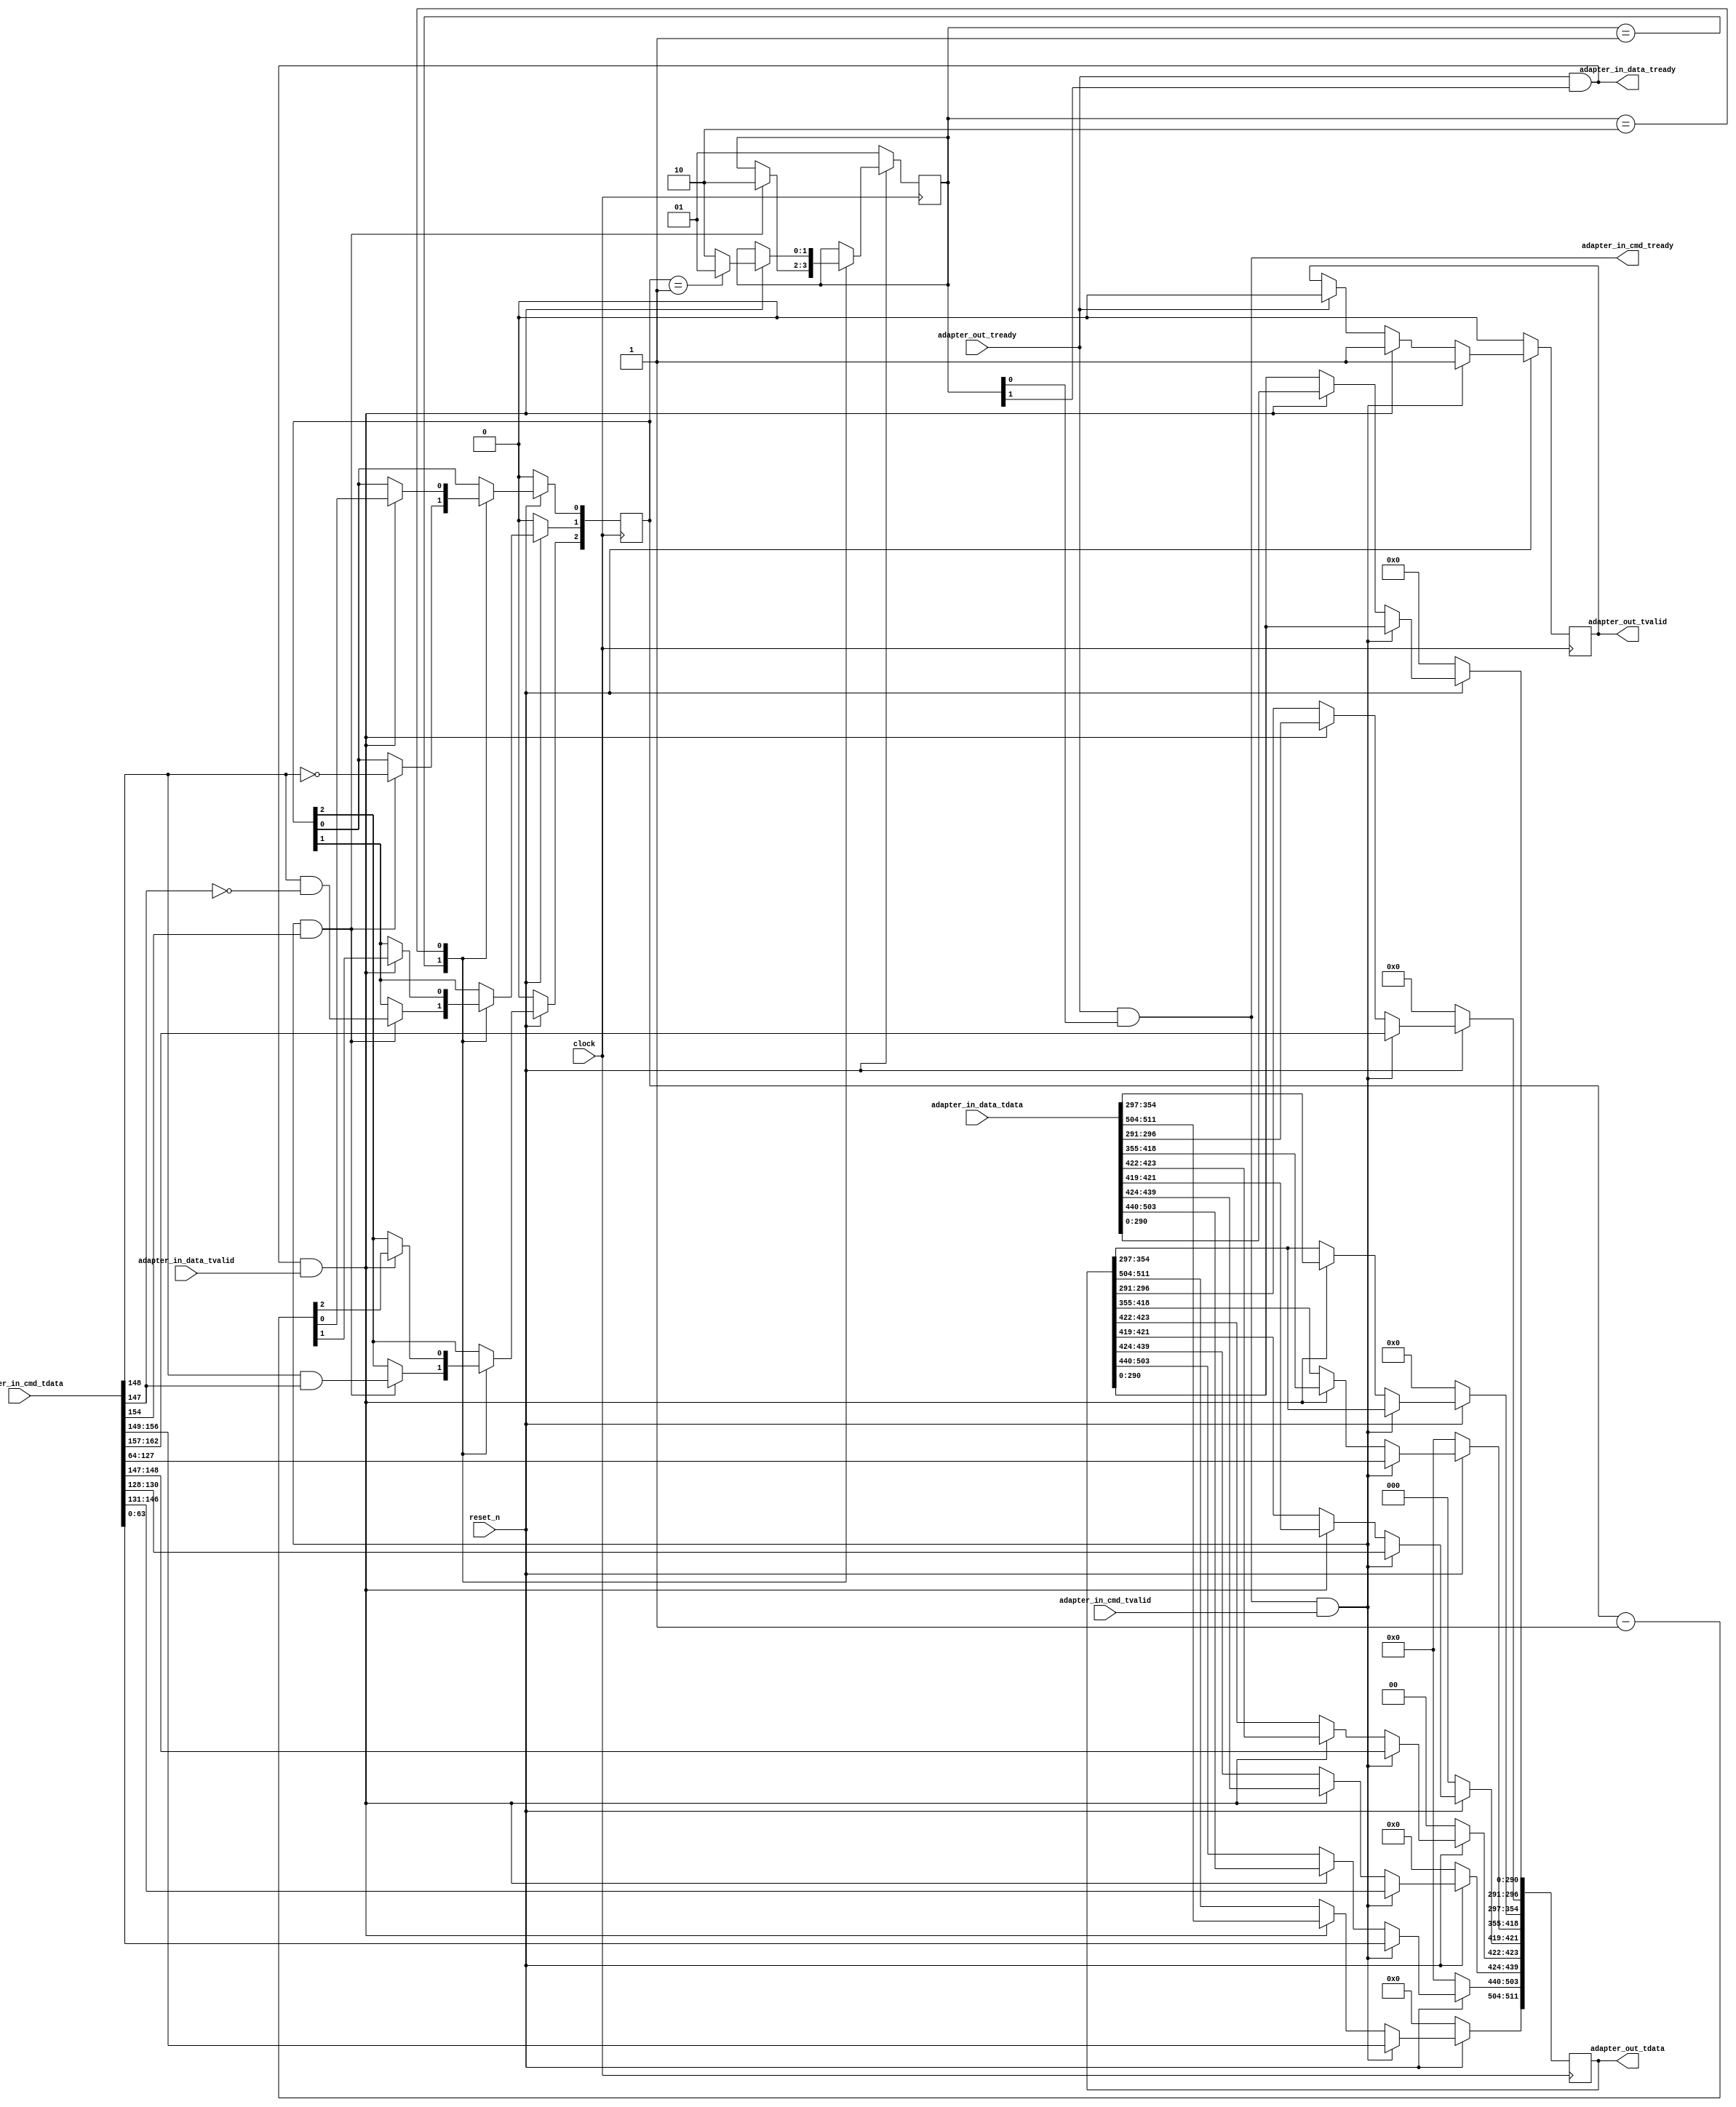
// *!***************************************************************************
// *! Copyright 2019 International Business Machines
// *!
// *! Licensed under the Apache License, Version 2.0 (the "License");
// *! you may not use this file except in compliance with the License.
// *! You may obtain a copy of the License at
// *! http://www.apache.org/licenses/LICENSE-2.0 
// *!
// *! The patent license granted to you in Section 3 of the License, as applied
// *! to the "Work," hereby includes implementations of the Work in physical form.  
// *!
// *! Unless required by applicable law or agreed to in writing, the reference design
// *! distributed under the License is distributed on an "AS IS" BASIS,
// *! WITHOUT WARRANTIES OR CONDITIONS OF ANY KIND, either express or implied.
// *! See the License for the specific language governing permissions and
// *! limitations under the License.
// *! 
// *! The background Specification upon which this is based is managed by and available from
// *! the OpenCAPI Consortium.  More information can be found at https://opencapi.org. 
// *!***************************************************************************
// Module designer: Dimitris Syrivelis
// Backup: Christian Pinto, Michele Gazzetti

`timescale 1ns / 10ps

// ******************************************************************************************************************************
// File Name          :  thymesisflow_64B_2x32B_bonding_egress
// Project            :  ThymesisFlow disagreggated memory
//                       Adapts the net_cmdfifo.v format to the 64B format and multiplexes in order command and dataflits for 
//                       network pipeline transmission
// ******************************************************************************************************************************
// ******************************************************************************************************************************
// ==============================================================================================================================
// @@@  Module Declaration
// ==============================================================================================================================

module thymesisflow_64B_compute_egress_adapter  (

    input               clock                   // Clock - samples & launches data on rising edge
  , input               reset_n                //  Active Low

  , input   [167:0]     adapter_in_cmd_tdata
  , input               adapter_in_cmd_tvalid
  , output              adapter_in_cmd_tready   

  // incoming data Interface with BDI
  , input   [519:0]     adapter_in_data_tdata
  , input               adapter_in_data_tvalid
  , output              adapter_in_data_tready

  // 64B AXI-STREAM 
  , output  [511:0]     adapter_out_tdata     
  , output              adapter_out_tvalid         
  , input               adapter_out_tready

);


//OCX_NET_CMD format           167:163 - AXI-S byte alignment ignored
`define OCX_NET_CMD_NETID      162:157
`define OCX_NET_CMD_OPCODE     156:149
`define OCX_NET_CMD_DL         148:147
`define OCX_NET_CMD_TAG        146:131
`define OCX_NET_CMD_PL         130:128
`define OCX_NET_CMD_BE         127:64
`define OCX_NET_CMD_EA          63:0


//OCX_FLIT_CMD format -- used for output
`define OCX_FLITO_NETID         296:291
`define OCX_FLITO_OPCODE        511:504
`define OCX_FLITO_DL            423:422
`define OCX_FLITO_ORIG_CAPPTAG  439:424
`define OCX_FLITO_PL            421:419
`define OCX_FLITO_BE            418:355
`define OCX_FLITO_EA            503:440


reg [511:0] output_q;
reg         output_q_vld;

assign adapter_out_tdata  = output_q;
assign adapter_out_tvalid = output_q_vld;

reg [1:0] ocapi_sm;
reg [2:0] dflit_size;

wire   is_writecmd;
assign is_writecmd = adapter_in_cmd_tdata[154];

wire  [1:0] cmd_dl;
assign cmd_dl = adapter_in_cmd_tdata[`OCX_NET_CMD_DL];

wire   is_cmd;
assign is_cmd = ocapi_sm[0];

wire   is_data;
assign is_data = ocapi_sm[1];

assign adapter_in_cmd_tready  = adapter_out_tready & is_cmd;
assign adapter_in_data_tready = adapter_out_tready & is_data;


parameter INPUT_CMD_RESP = 2'b01;
parameter INPUT_DATAFLIT = 2'b10;

//OpenCAPI protocol parsing
always @(posedge(clock))
begin
       if (reset_n == 1'b0)
    begin
      ocapi_sm                                     <= INPUT_CMD_RESP;
      dflit_size                                   <= 2'b00;
    end
   else
    case (ocapi_sm)
       INPUT_CMD_RESP:
            begin
              if ((adapter_in_cmd_tready == 1'b1) && (adapter_in_cmd_tvalid == 1'b1) && (is_writecmd == 1'b1))
                begin
                   dflit_size[2]                   <= cmd_dl[1]  &  cmd_dl[0];
                   dflit_size[1]                   <= cmd_dl[1]  & ~cmd_dl[0] ;
                   dflit_size[0]                   <= ~cmd_dl[1];
                   ocapi_sm                        <= INPUT_DATAFLIT;//next at input is cmd1
                end
            end
        INPUT_DATAFLIT:
            begin
              if ((adapter_in_data_tready == 1'b1) &&  (adapter_in_data_tvalid == 1'b1))
                begin
                   dflit_size                      <= dflit_size - 3'b001;
                   ocapi_sm                        <= (dflit_size == 3'b001)? INPUT_CMD_RESP : INPUT_DATAFLIT;  //next at input is  cmd0   
                end
            end
    endcase
end

//push data out
always @(posedge(clock))
begin
  if (reset_n == 1'b0)
    begin
      output_q     <= 512'b0;
      output_q_vld <=   1'b0;
    end
  else if ((adapter_in_cmd_tready == 1'b1)  && (adapter_in_cmd_tvalid == 1'b1))
    begin
       output_q[`OCX_FLITO_NETID]         <= adapter_in_cmd_tdata[`OCX_NET_CMD_NETID]; 
       output_q[`OCX_FLITO_OPCODE]        <= adapter_in_cmd_tdata[`OCX_NET_CMD_OPCODE]; 
       output_q[`OCX_FLITO_DL]            <= adapter_in_cmd_tdata[`OCX_NET_CMD_DL]; 
       output_q[`OCX_FLITO_ORIG_CAPPTAG]  <= adapter_in_cmd_tdata[`OCX_NET_CMD_TAG]; 
       output_q[`OCX_FLITO_PL]            <= adapter_in_cmd_tdata[`OCX_NET_CMD_PL]; 
       output_q[`OCX_FLITO_BE]            <= adapter_in_cmd_tdata[`OCX_NET_CMD_BE]; 
       output_q[`OCX_FLITO_EA]            <= adapter_in_cmd_tdata[`OCX_NET_CMD_EA]; 
       output_q_vld                       <= 1'b1;  
    end
  else if ((adapter_in_data_tready == 1'b1) &&  (adapter_in_data_tvalid == 1'b1))
    begin
       output_q                          <= adapter_in_data_tdata[511:0]; 
       output_q_vld                      <= 1'b1;
    end
  else if (adapter_out_tready == 1'b1)
       output_q_vld                      <= 1'b0;
end


endmodule